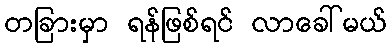
တခြားမှာ ရန်ဖြစ်ရင် လာခေါ်မယ်